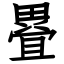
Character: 疂